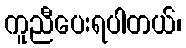
ကူညီပေးရပါတယ်၊